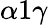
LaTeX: \alpha 1\gamma